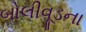
બોલીવૂડના